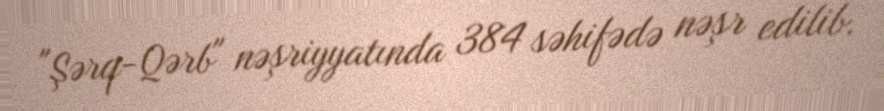
"Şərq-Qərb" nəşriyyatında 384 səhifədə nəşr edilib.